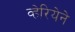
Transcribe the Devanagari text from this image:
व्हेरियेने